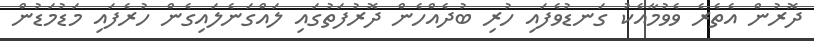
ދޮރުން އެތެރެ ވެވުމާއެކު ގަނޑުވެފައި ހުރި ބުދެއްހެން ދޮރުފަތުގައި ލައްގަނެލައިގެން ހުރެފައި މަޑުމަޑުން